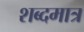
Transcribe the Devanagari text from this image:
शब्दमात्र